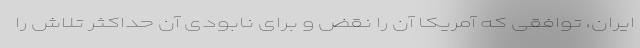
ایران، توافقی که آمریکا آن را نقض و برای نابودی آن حداکثر تلاش را